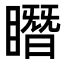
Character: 䁮